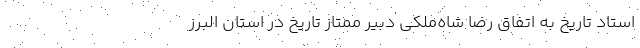
استاد تاریخ به اتفاق رضا شاه‌ملکی دبیر ممتاز تاریخ در استان البرز